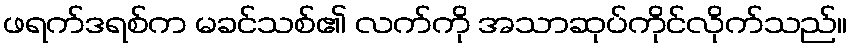
ဖရက်ဒရစ်က မခင်သစ်၏ လက်ကို အသာဆုပ်ကိုင်လိုက်သည်။